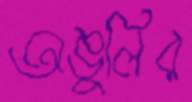
অঙুলির